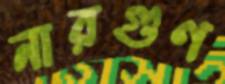
নারগুণ